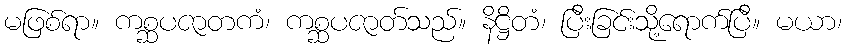
မဖြစ်ရာ။ ကစ္ဆပဇာတကံ၊ ကစ္ဆပဇာတ်သည်။ နိဋ္ဌိတံ၊ ပြီးခြင်းသို့ရောက်ပြီ။ မယာ၊